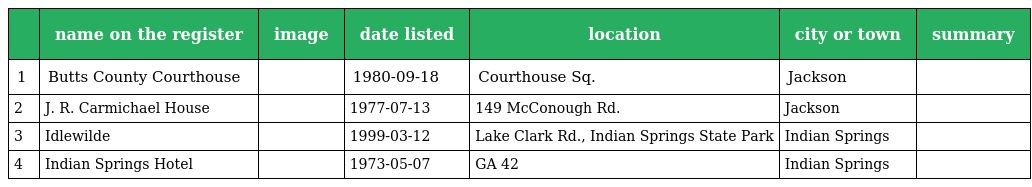
|  | name on the register | image | date listed | location | city or town | summary |
 | --- | --- | --- | --- | --- | --- | --- |
 | 1 | Butts County Courthouse |  | 1980-09-18 | Courthouse Sq. | Jackson |  |
 | 2 | J. R. Carmichael House |  | 1977-07-13 | 149 McConough Rd. | Jackson |  |
 | 3 | Idlewilde |  | 1999-03-12 | Lake Clark Rd., Indian Springs State Park | Indian Springs |  |
 | 4 | Indian Springs Hotel |  | 1973-05-07 | GA 42 | Indian Springs |  |